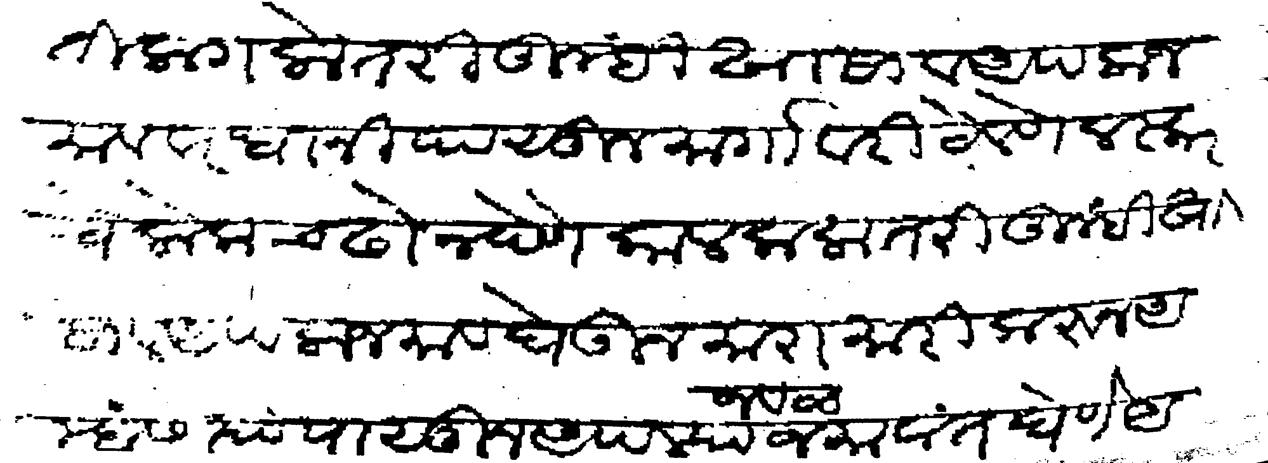
Transliteration (Devanagari): हती लागलो तरी तुम्ही खासा व अपला जमाव वरधानी पासून मार्गावरी ठेवणे लस्करचे लोक चढो न देणे कालकलातरी तुम्ही खासा व आपला जमाव घेऊन मारामारी करून आम्हांस त्या पासून आपल्या जवळ जमावांत घेणे आ